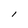
Character: l